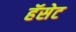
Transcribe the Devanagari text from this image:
हॅसेट